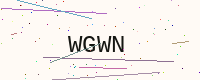
Text: WGWN